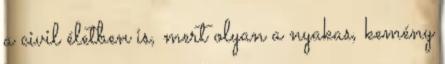
a civil életben is, mert olyan a nyakas, kemény